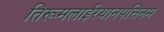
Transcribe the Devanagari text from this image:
तिरूमलाईरयानपत्तिनम